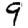
Digit: 9